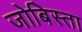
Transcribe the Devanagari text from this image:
जोबिस्ता